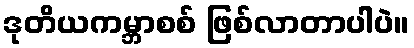
ဒုတိယကမ္ဘာစစ် ဖြစ်လာတာပါပဲ။